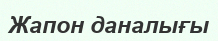
Жапон даналығы